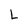
Character: L